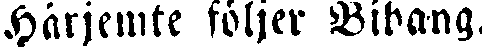
Härjemte följer Bihang.